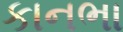
કાનભા